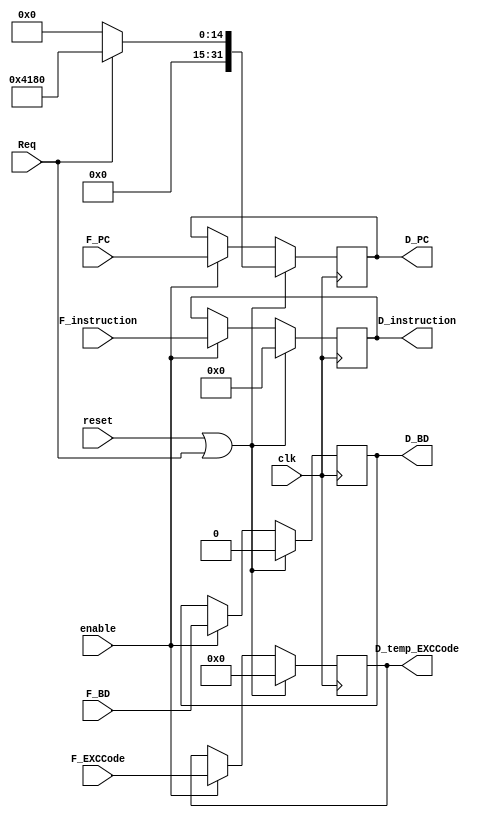
module D_reg(
    input clk,
    input reset,
    input enable,
    input [31:0] F_PC,
    input [31:0] F_instruction,
    input F_BD,
    input [4:0] F_EXCCode,
    input Req,
    
    output reg [31:0] D_PC,
    output reg [31:0] D_instruction,
    output reg D_BD,
    output reg [4:0] D_temp_EXCCode
);

    always @(posedge clk) begin
        if (reset || Req) begin
            D_PC <= (Req) ? 32'h0000_4180 : 32'd0;
            D_instruction <= 32'd0;
            D_BD <= 1'd0;
            D_temp_EXCCode <= 4'b0;
        end
        else if (enable) begin
            D_PC <= F_PC;
            D_instruction <= F_instruction; 
            D_BD <= F_BD;
            D_temp_EXCCode <= F_EXCCode;
        end    
    end


endmodule